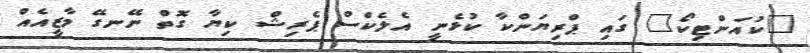
"ކުއަންޓިކޯ" ގައި ޕްރިޔަންކާ ކުޅެނީ އެލެކްސް ޕެރިޝް ކިޔާ ގޮތް ނޭނގޭ މާޒީއެއް